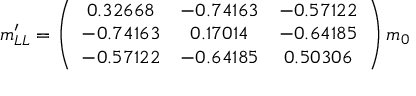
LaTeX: m _ { L L } ^ { \prime } = \left( \begin{array} { c c c } { { 0 . 3 2 6 6 8 } } & { { - 0 . 7 4 1 6 3 } } & { { - 0 . 5 7 1 2 2 } } \\ { { - 0 . 7 4 1 6 3 } } & { { 0 . 1 7 0 1 4 } } & { { - 0 . 6 4 1 8 5 } } \\ { { - 0 . 5 7 1 2 2 } } & { { - 0 . 6 4 1 8 5 } } & { { 0 . 5 0 3 0 6 } } \end{array} \right) m _ { 0 }